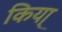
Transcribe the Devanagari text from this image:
किया्